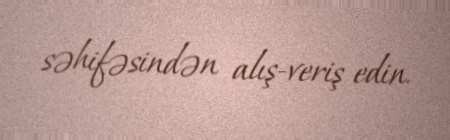
səhifəsindən alış-veriş edin.